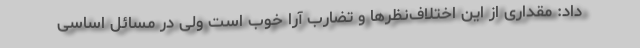
داد: مقداری از این اختلاف‌نظرها و تضارب آرا خوب است ولی در مسائل اساسی